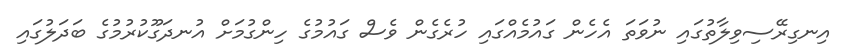
އިނގިރޭސިވިލާތުގައި ނުވަތަ އެހެން ގައުމެއްގައި ހުރެގެން ވެސް ގައުމުގެ ހިންގުމަށް އުނދަގޫކުރުމުގެ ބަދަލުގައި